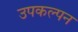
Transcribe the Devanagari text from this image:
उपकल्पन